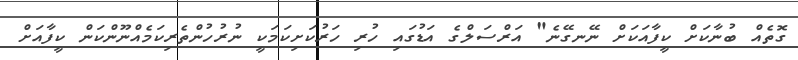
ގޮތެއް ބުނާކަށް ކީފާއަކަށް ނޭނގޭނެ" އަރްސަލްގެ އަޑުގައި ހުރި ހަރުކަށިކަމަކީ ނުރުހުންތެރިކަމެއްނޫންކަން ކީފާއަށް